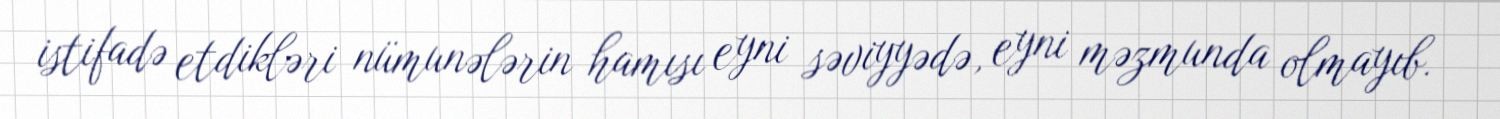
istifadə etdikləri nümunələrin hamısı eyni səviyyədə, eyni məzmunda olmayıb.